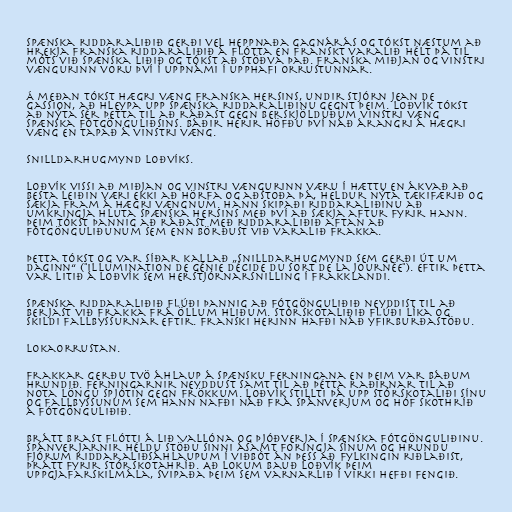
Spænska riddaraliðið gerði vel heppnaða gagnárás og tókst næstum að
hrekja franska riddaraliðið á flótta en franskt varalið hélt þá til
móts við spænska liðið og tókst að stöðva það. Franska miðjan og vinstri
vængurinn voru því í uppnámi í upphafi orrustunnar.

Á meðan tókst hægri væng franska hersins, undir stjórn Jean de
Gassion, að hleypa upp spænska riddaraliðinu gegnt þeim. Loðvík tókst
að nýta sér þetta til að ráðast gegn berskjölduðum vinstri væng
spænska fótgönguliðsins. Báðir herir höfðu því náð árangri á hægri
væng en tapað á vinstri væng.

Snilldarhugmynd Loðvíks.

Loðvík vissi að miðjan og vinstri vængurinn væru í hættu en ákvað að
besta leiðin væri ekki að hörfa og aðstoða þá, heldur nýta tækifærið og
sækja fram á hægri vængnum. Hann skipaði riddaraliðinu að
umkringja hluta spænska hersins með því að sækja aftur fyrir hann.
Þeim tókst þannig að ráðast með riddaraliðið aftan að
fótgönguliðunum sem enn börðust við varalið Frakka.

Þetta tókst og var síðar kallað „snilldarhugmynd sem gerði út um
daginn“ ("illumination de génie décide du sort de la journée"). Eftir þetta
var litið á Loðvík sem herstjórnarsnilling í Frakklandi.

Spænska riddaraliðið flúði þannig að fótgönguliðið neyddist til að
berjast við Frakka frá öllum hliðum. Stórskotaliðið flúði líka og
skildi fallbyssurnar eftir. Franski herinn hafði náð yfirburðastöðu.

Lokaorrustan.

Frakkar gerðu tvö áhlaup á spænsku ferningana en þeim var báðum
hrundið. Ferningarnir neyddust samt til að þétta raðirnar til að
nota löngu spjótin gegn Frökkum. Loðvík stillti þá upp stórskotaliði sínu
og fallbyssunum sem hann nafði náð frá Spánverjum og hóf skothríð
á fótgönguliðið.

Brátt brast flótti á lið Vallóna og Þjóðverja í spænska fótgönguliðinu.
Spánverjarnir héldu stöðu sinni ásamt foringja sínum og hrundu
fjórum riddaraliðsáhlaupum í viðbót án þess að fylkingin riðlaðist,
þrátt fyrir stórskotahríð. Að lokum bauð Loðvík þeim
uppgjafarskilmála, svipaða þeim sem varnarlið í virki hefði fengið.